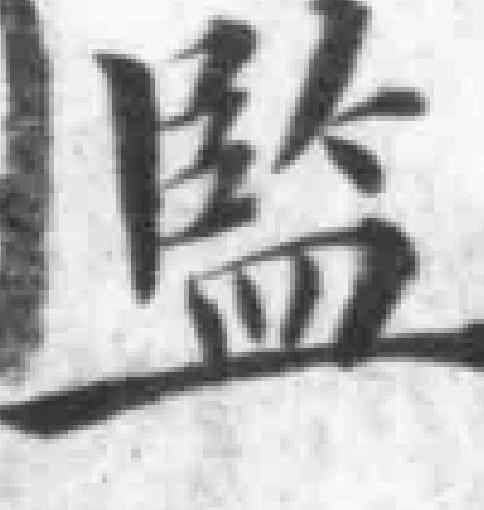
監